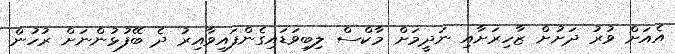
އެއަށް ވުރު ދަށުށް ޒާހިރަށާއި ނަދީމަށް މާކްސް ލިބިވަޑައިގެންފައިވާއިރު ދެ ބޭފުޅުންނަށް ރުހުން